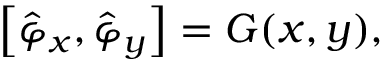
\left[ \hat { \varphi } _ { x } , \hat { \varphi } _ { y } \right] = G ( x , y ) ,